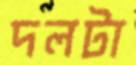
দলটা